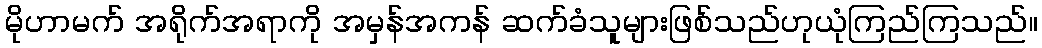
မိုဟာမက် အရိုက်အရာကို အမှန်အကန် ဆက်ခံသူများဖြစ်သည်ဟုယုံကြည်ကြသည်။